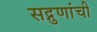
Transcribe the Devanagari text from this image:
सद्गुणांची